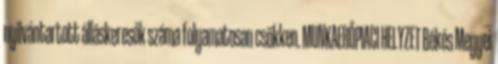
nyilvántartott álláskeresők száma folyamatosan csökken. MUNKAERŐPIACI HELYZET Békés Megyei